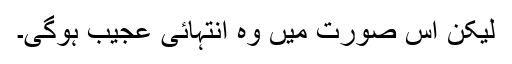
لیکن اس صورت میں وہ انتہائی عجیب ہوگی۔